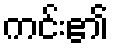
ကင်း၏